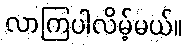
လာကြပါလိမ့်မယ်။